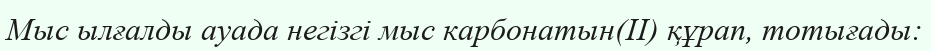
Мыс ылғалды ауада негізгі мыс карбонатын(II) құрап, тотығады: